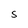
Character: S